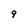
Character: 9